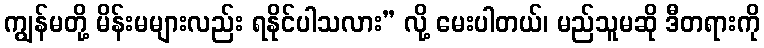
ကျွန်မတို့ မိန်းမများလည်း ရနိုင်ပါသလား” လို့ မေးပါတယ်၊ မည်သူမဆို ဒီတရားကို